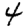
Digit: 4